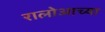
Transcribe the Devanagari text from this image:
रालोआच्या